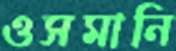
ওসমানি